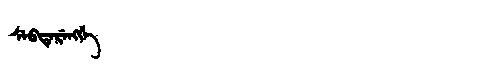
Manchu: ᠰᡝᠪᡨᡝᡵᡝᠩᡤᡝ
Romanization: SEBTERENGGE